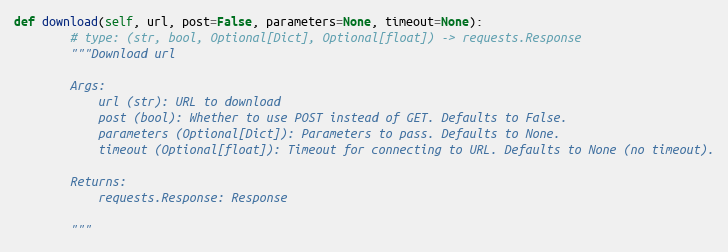
Language: Python
def download(self, url, post=False, parameters=None, timeout=None):
        # type: (str, bool, Optional[Dict], Optional[float]) -> requests.Response
        """Download url

        Args:
            url (str): URL to download
            post (bool): Whether to use POST instead of GET. Defaults to False.
            parameters (Optional[Dict]): Parameters to pass. Defaults to None.
            timeout (Optional[float]): Timeout for connecting to URL. Defaults to None (no timeout).

        Returns:
            requests.Response: Response

        """